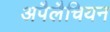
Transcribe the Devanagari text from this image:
अपैलैचियन